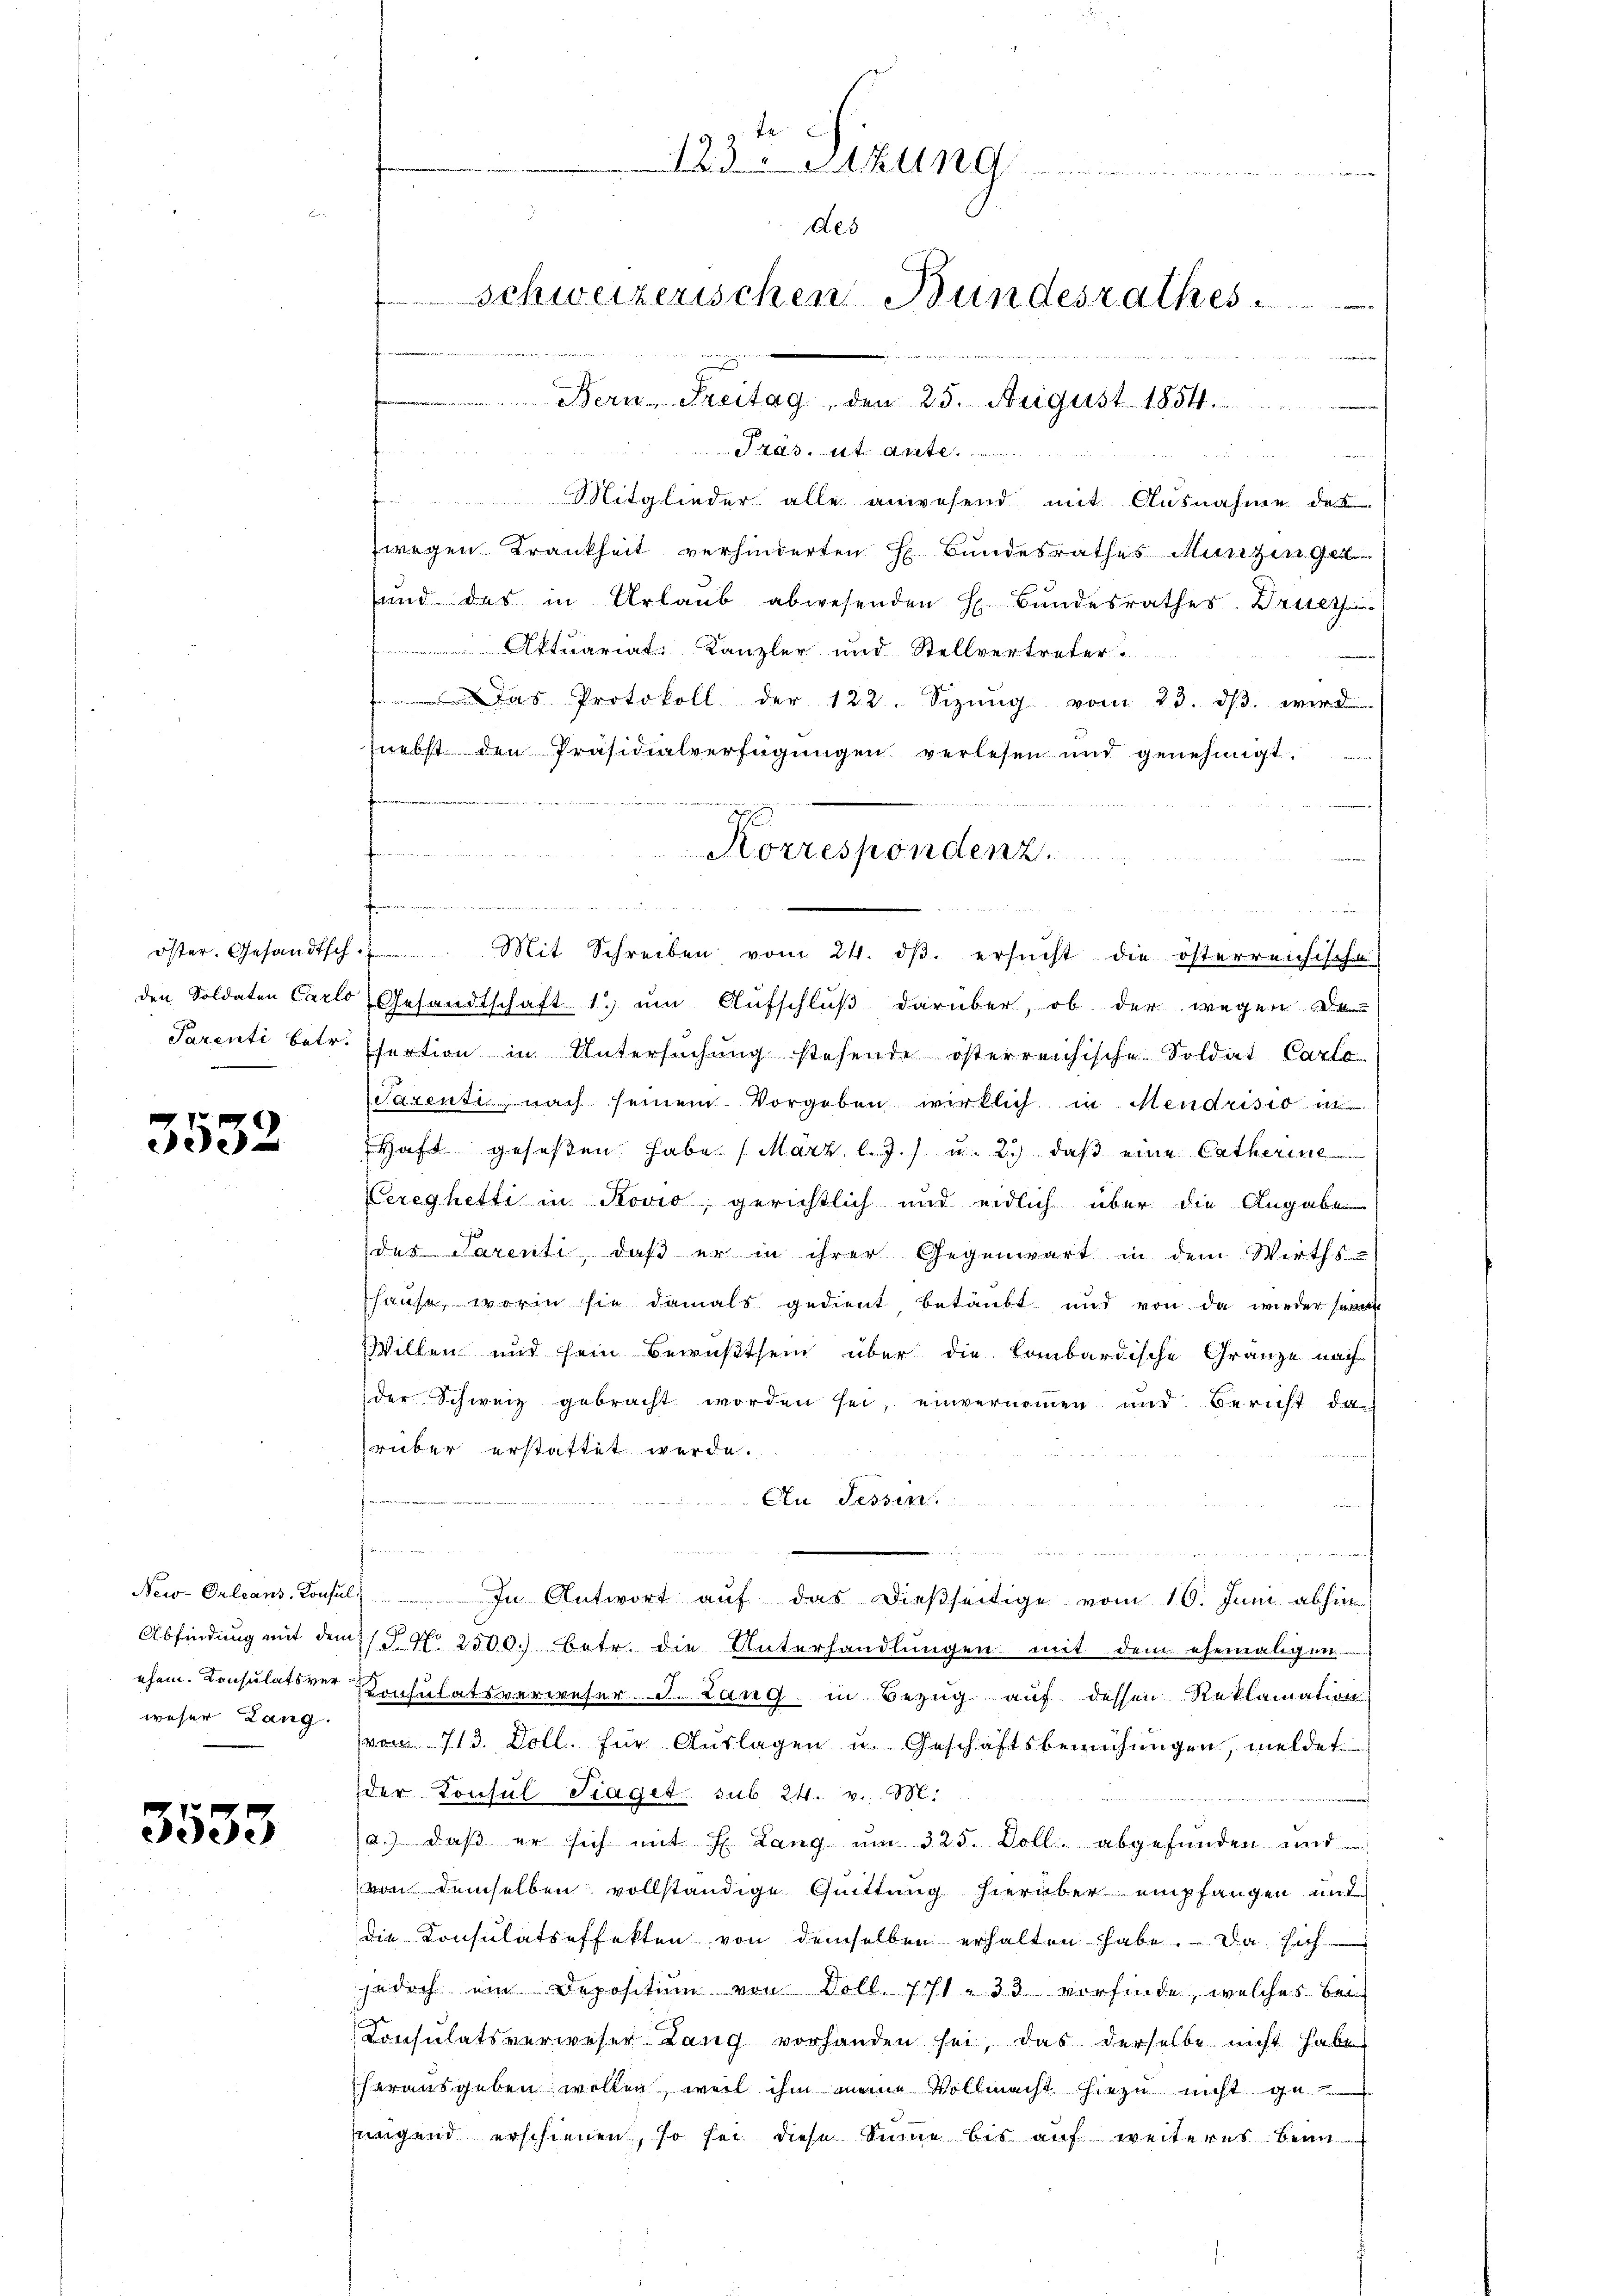
den Soldaten Carlo

15
3332

weser Lang

3533

wore
Präs. St. Ante

 Mitglieder alle anwesend mit Ausnahme des
wegen Krankheit verhinderten H. Bundesrathes Münzen get
ŭnd des in Urlaŭb abwesenden H. Bŭndesrathes Drucz
ktuariat Kanzler und Stellvertreter.
Das Protokoll der 122. Sizŭng vom 23. dβ. werd
snebst den Präsidialverfügŭngen verlesen und genehmigt.
s
öster. Gesandtsch. Mit Schreiben vom 24. dβ. ersŭcht die österreichische
Gesandtschaft 1. um Aufschluß darüber, ob der wegen de
Parenti betr. Efertion in Untersŭchŭng stehende österreichische Soldat Carlo
Sarenti nach seinem Vorgeben wirklich in Mendrisio in
Haft geseßen habe (März l. J.) u. 2.) daß eine Catherine
Pereghetti in Rovio, gerichtlich und eidlich über die Angabe
des Parenti, daß er in ihrer Gegenwart in dem Wirths
hause, worin sie damals gedient betäubt und von da wieder seinen
Willen und sein Bewußtsein über die Combardische Gränze nach
der Schweiz gebracht worden sei, einvernoṁen und Bericht da
rüber erstattet werde.
Ein Tessin
u
d in den
New-Orleans Konsul In Antwort auf das dießseitige vom 16. Juni abhin
Abfindung mit dem 1 S. N. 2500. Betr. die Unterhandlŭngen mit dem ehemaligen
ehem. Konsulatsver Konsulatsverweser d. Lang in Bezug auf dessen Reklamation
von 713. Doll. für Aŭslagen u. Geschaftsbemühungen, meldet
der Konsul Fraget sub. 24. v. M.
(a.) daβ er sich mit H. Lang ŭm 325. Doll. abgefŭnden und
von demselben vollständige Quittung hierüber empfangen und
die Konsulatseffekten von demselben erhalten habe. Da sich
jedoch ein Depositum von Voll. 171. 33 vorfinde, welches bei
Consulatsverweser Lang vorhanden sei, das derselbe nicht habe
herausgeben wollen, weil ihm meine Vollmacht hiezu nicht ge
jungend erschienen, so sei diese Sinne bis auf weiteres beim

123. Mitten G
des
Schweizerischen Bundesrathes
 Bern Freitag, den 25. August 1854

13x
Jah
Korrespondenz.
222 2